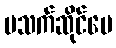
မသက်ဆိုင်ပေ